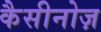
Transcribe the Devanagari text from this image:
कैसीनोज़